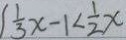
\frac { 1 } { 3 } x - 1 < \frac { 1 } { 2 } x